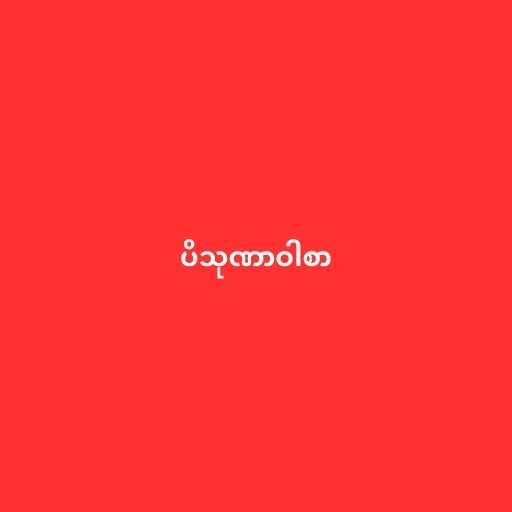
ပိသုဏာဝါစာ